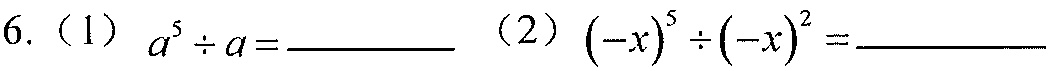
6.（1）\(a^{5}\div a = \underline{\quad\quad}\) （2）\((-x)^{5}\div(-x)^{2}=\underline{\quad\quad}\)